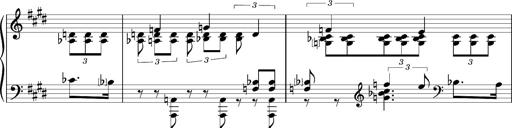
Title: PrÃ©ludes et Harmonies poÃ©tiques et religieuses
Composer: Franz Liszt